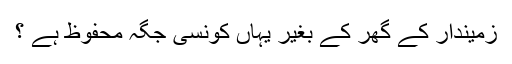
زمیندار کے گھر کے بغیر یہاں کونسی جگہ محفوظ ہے ؟